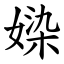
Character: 媣